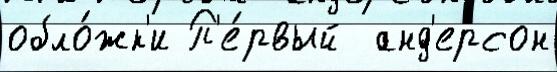
обло́жк'и П'е́рвый  анд'ерсон